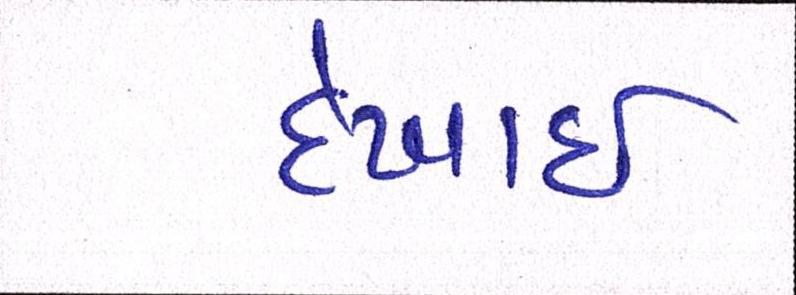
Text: દેખાઈ